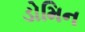
ડોમિન